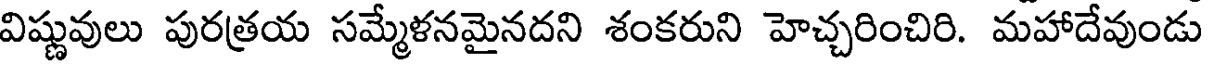
విష్ణువులు పురత్రయ సమ్మేళనమైనదని శంకరుని హెచ్చరించిరి. మహాదేవుండు